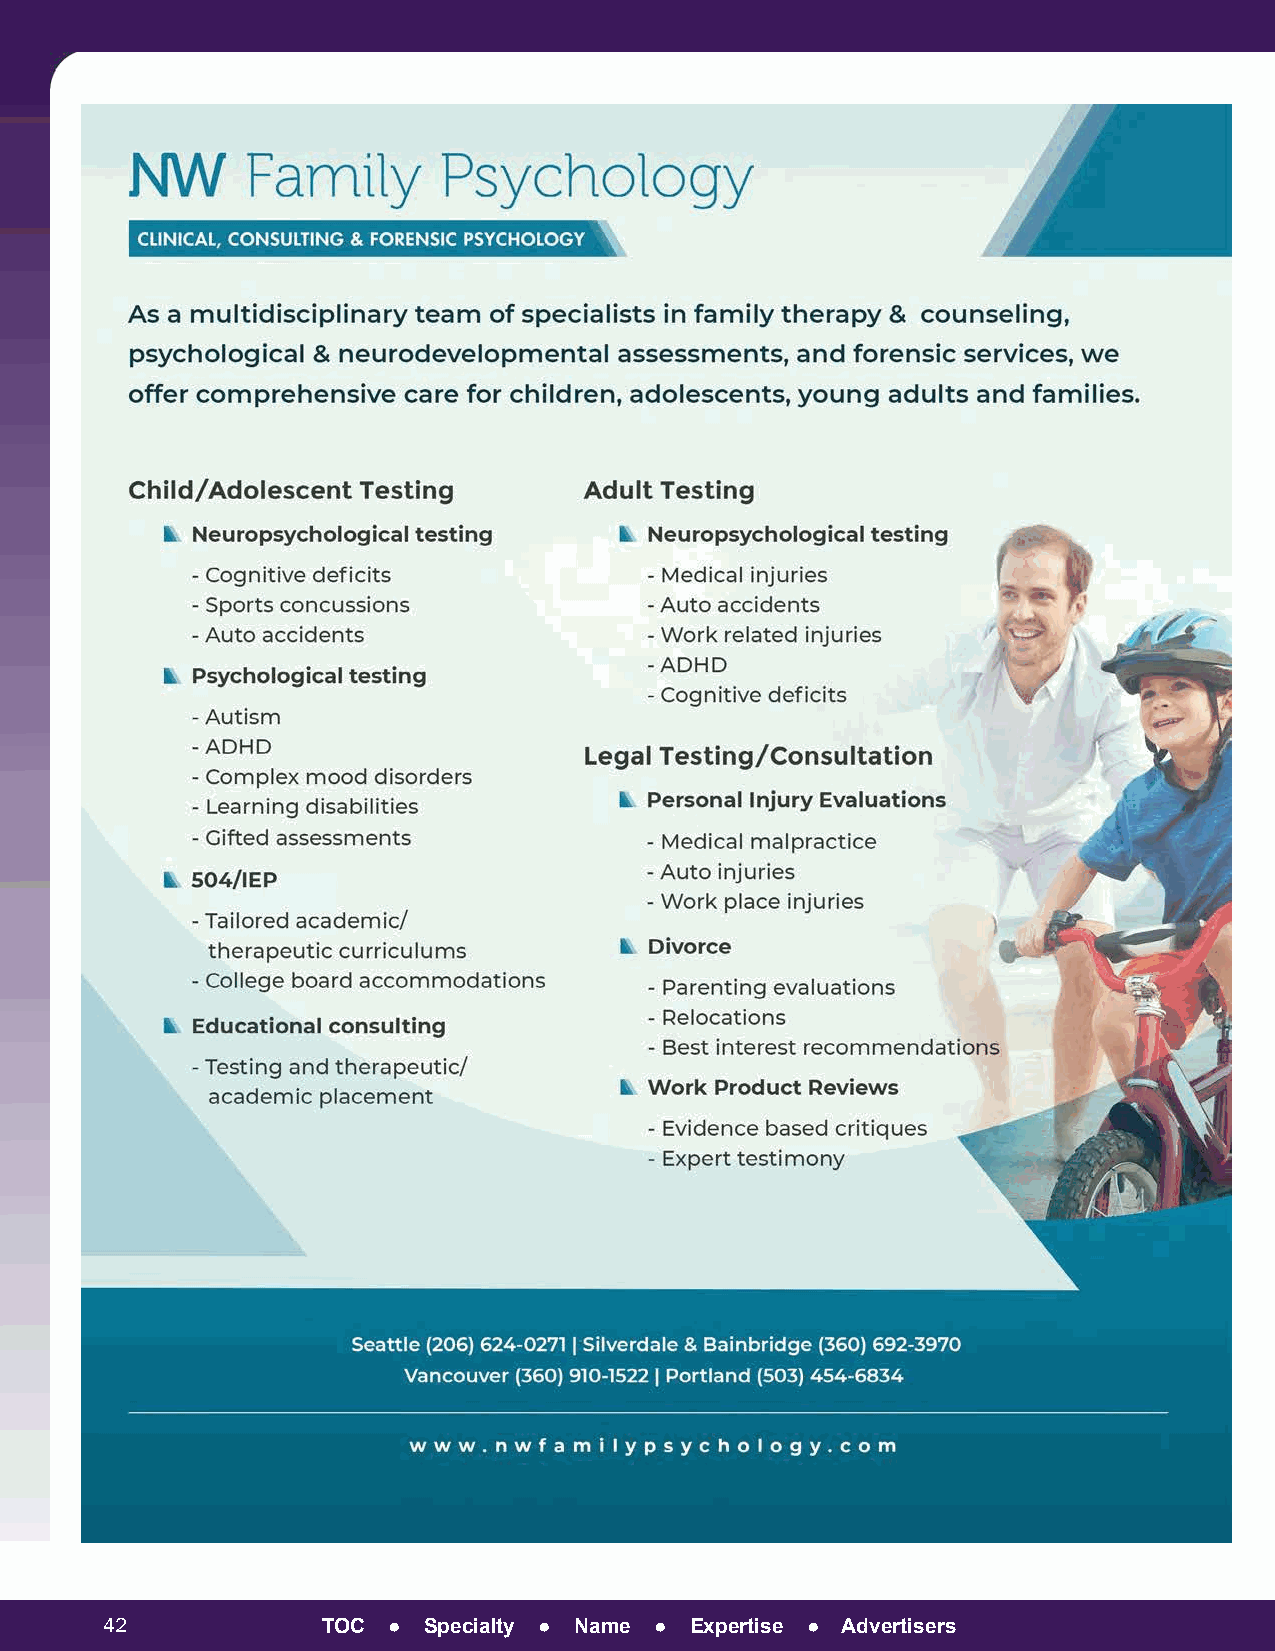
42            TOC  ● Specialty ● Name ● Expertise ● Advertisers